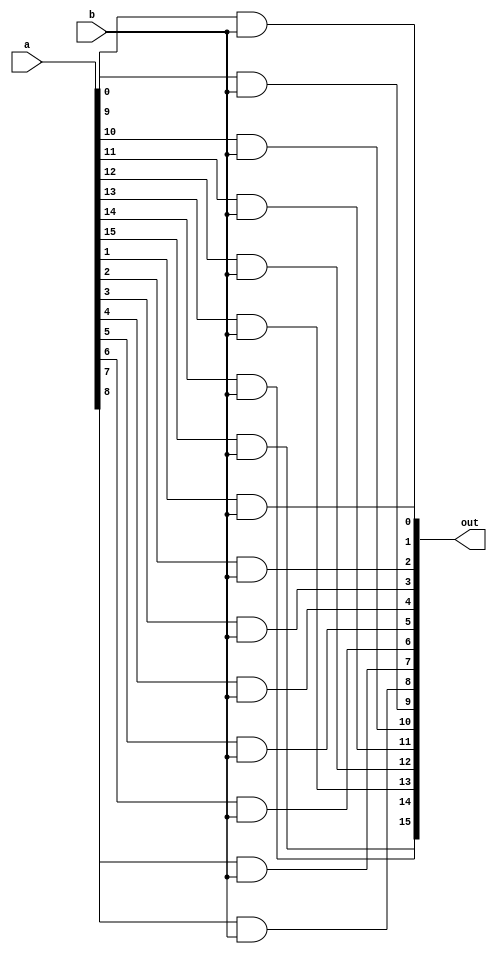
module partialprod(a,b,out);
input [15:0]a;
input b;
output [15:0]out;



generate
   genvar i; 
   for(i=0;i<16;i=i+1)
     begin
        assign out[i]=a[i]&b; 
     end  
endgenerate

endmodule